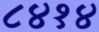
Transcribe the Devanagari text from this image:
८४१४